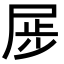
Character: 𪨏